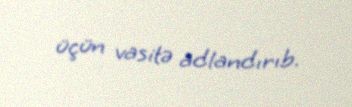
üçün vasitə adlandırıb.